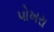
પોખરા